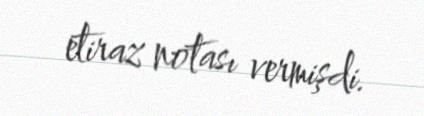
etiraz notası vermişdi.